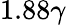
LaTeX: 1.88\gamma